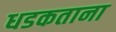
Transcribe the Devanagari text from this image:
धडकताना